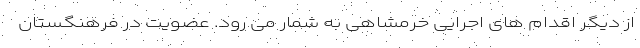
از دیگر اقدام های اجرایی خرمشاهی به شمار می رود. عضویت در فرهنگستان